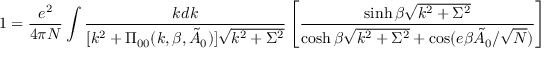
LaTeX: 1 = \frac { e ^ { 2 } } { 4 \pi N } \int \frac { k d k } { [ k ^ { 2 } + \Pi _ { 0 0 } ( k , \beta , \tilde { A } _ { 0 } ) ] \sqrt { k ^ { 2 } + \Sigma ^ { 2 } } } \left[ \frac { \sinh \beta \sqrt { k ^ { 2 } + \Sigma ^ { 2 } } } { \cosh \beta \sqrt { k ^ { 2 } + \Sigma ^ { 2 } } + \cos ( e \beta \tilde { A } _ { 0 } / \sqrt { N } ) } \right]